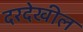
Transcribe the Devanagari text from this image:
दरदेखील